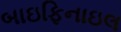
બાઇફિનાઇલ